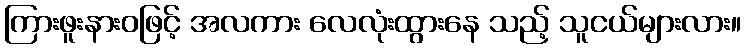
ကြားဖူးနားဝဖြင့် အလကား လေလုံးထွားနေ သည့် သူငယ်များလား။